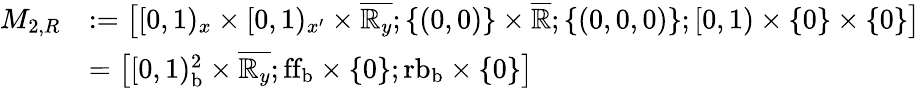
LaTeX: \begin{array}{rl}{M_{2,R}}&{:=\bigl[[0,1)_{x}\times[0,1)_{x^{\prime}}\times\overline{{\mathbb{R}_{y}}};\{ (0,0)\} \times\overline{{\mathbb{R}}};\{ (0,0,0)\} ;[0,1)\times\{ 0\} \times\{ 0\} \bigr]}\\ &{=\bigl[[0,1)_{\mathrm{b}}^{2}\times\overline{{\mathbb{R}_{y}}};\mathrm{ff}_{\mathrm{b}}\times\{ 0\} ;{\mathrm{rb}}_{\mathrm{b}}\times\{ 0\} \bigr]}\end{array}